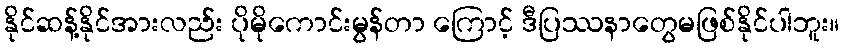
နိုင်ဆန့်နိုင်အားလည်း ပိုမိုကောင်းမွန်တာ ကြောင့် ဒီပြဿနာတွေမဖြစ်နိုင်ပါဘူး။